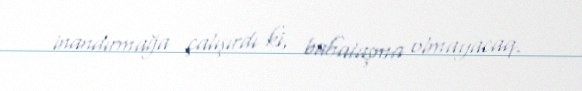
inandırmağa çalışırdı ki, bahalaşma olmayacaq.